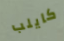
كايلب